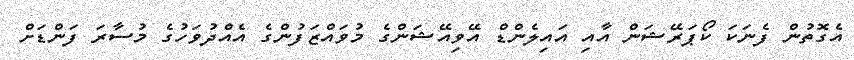
އެގޮތުން ފެނަކަ ކޯޕަރޭޝަން އާއި އައިލެންޑް އޭވިއޭޝަންގެ މުވައްޒަފުންގެ އެއްދުވަހުގެ މުސާރަ ފަންޑަށް